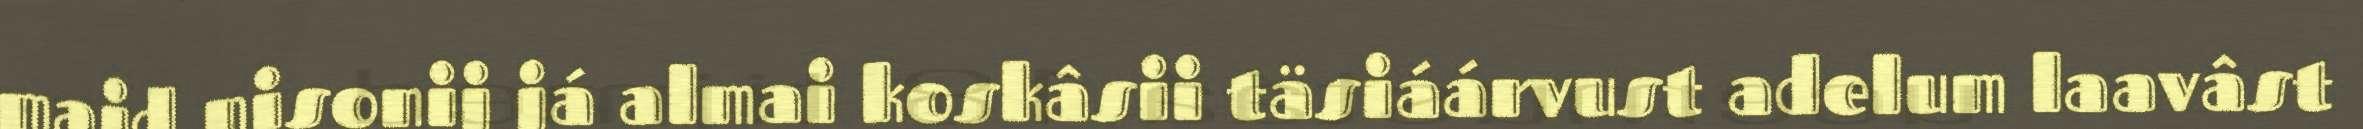
maid nisonij já almai koskâsii täsiáárvust adelum laavâst